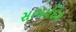
સામાદિક